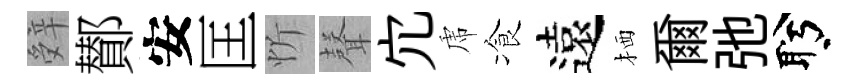
辤鄼安匡忻𮋻宂虎飡遠栖爾弛盻